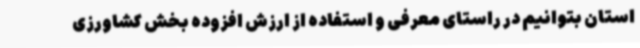
استان بتوانیم در راستای معرفی و استفاده از ارزش افزوده بخش کشاورزی